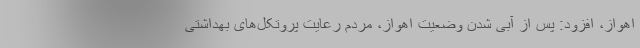
اهواز، افزود: پس از آبی شدن وضعیت اهواز، مردم رعایت پروتکل‌های بهداشتی